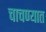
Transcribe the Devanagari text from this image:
चाचण्यात